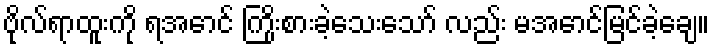
ဗိုလ်ရာထူးကို ရအောင် ကြိုးစားခဲ့သေးသော် လည်း မအောင်မြင်ခဲ့ချေ။